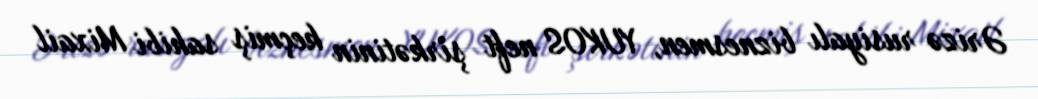
Ərizə rusiyalı biznesmen, YUKOS neft şirkətinin keçmiş sahibi Mixail